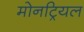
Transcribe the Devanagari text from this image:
मोनट्रियल